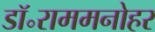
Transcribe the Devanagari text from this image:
डॉ॰राममनोहर